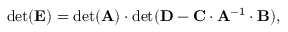
\begin{array} { r } { \mathrm { d e t } ( \mathbf { E } ) = \mathrm { d e t } ( \mathbf { A } ) \cdot \mathrm { d e t } ( \mathbf { D } - \mathbf { C } \cdot \mathbf { A } ^ { - 1 } \cdot \mathbf { B } ) , } \end{array}